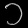
Digit: ၁